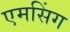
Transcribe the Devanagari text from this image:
एमसिंग